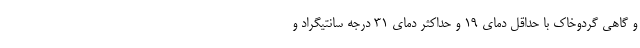
و گاهی گردوخاک با حداقل دمای ۱۹ و حداکثر دمای ۳۱ درجه سانتیگراد و